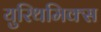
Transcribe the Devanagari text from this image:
युरिथमिक्स